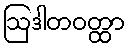
ဩဒါတဝတ္ထာ